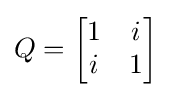
Q={\begin{bmatrix}1&i\\i&1\end{bmatrix}}